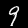
Digit: 9